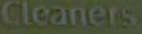
Cleaners